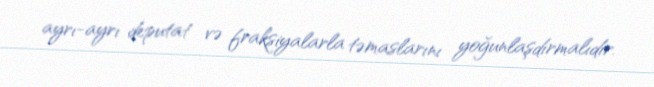
ayrı-ayrı deputat və fraksiyalarla təmaslarını yoğunlaşdırmalıdır.